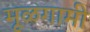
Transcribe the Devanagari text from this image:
मूळगामी